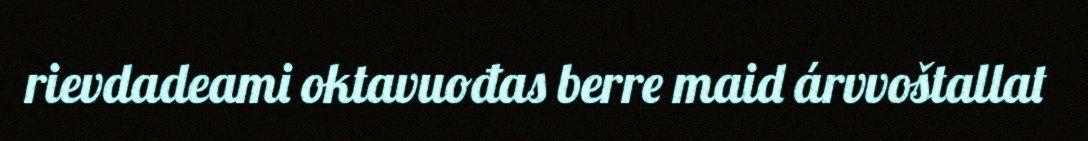
rievdadeami oktavuođas berre maid árvvoštallat